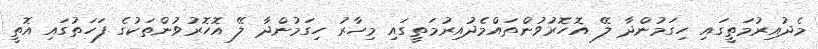
މެދުއިރުމަތީގައި ހިގަމުންދާ ލޭ އޮހޮރުވުންތައްމެދުއިރުމަތީގައި މިހާރު ހިގަމުންދާ ލޭ އޮހޮރުވުންތަކުގެ ފަހަތުގައި އޮތީ